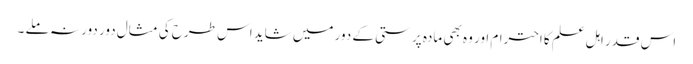
اس قدر اہل علم کا احترام اور وہ بھی مادہ پرستی کے دور میں شاید اس طرح کی مثال دور دور نہ ملے ۔